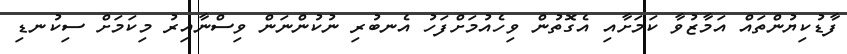
ފާޑުކިޔުންތައް އަމާޒުވާ ކަމަށާއި އެގޮތުން ވިހެއުމަށްފަހު އެނބުރި ނުކުންނަން ވިސްނާއިރު މިކަމަށް ސިކުނޑި